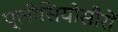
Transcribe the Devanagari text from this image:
प्लीसियोसौरों